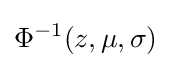
\Phi ^{-1}(z,\mu ,\sigma )